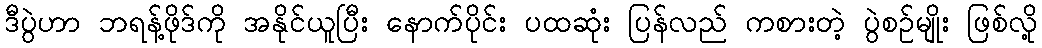
ဒီပွဲဟာ ဘရန့်ဖိုဒ်ကို အနိုင်ယူပြီး နောက်ပိုင်း ပထဆုံး ပြန်လည် ကစားတဲ့ ပွဲစဉ်မျိုး ဖြစ်လို့